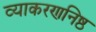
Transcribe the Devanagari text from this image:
व्याकरणनिष्ठ